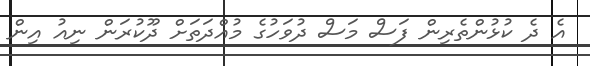
އެ ދެ ކުޅުންތެރިން ފަސް މަސް ދުވަހުގެ މުއްދަތަށް ދޫކުރަން ނިއު އިން